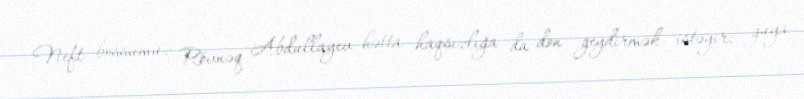
Neft bossumuz Rövnəq Abdullayev hətta haqsızlığa da don geydirmək istəyir: guya